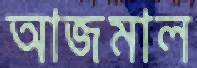
আজমাল